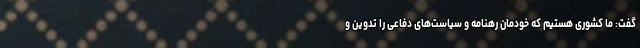
گفت: ما کشوری هستیم که خودمان رهنامه و سیاست‌های دفاعی را تدوین و